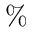
\%